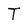
Character: T